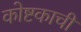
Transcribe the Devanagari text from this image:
कोष्टकाची